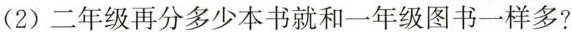
(2)二年级再分多少本书就和一年级图书一样多?